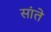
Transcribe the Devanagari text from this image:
सांते